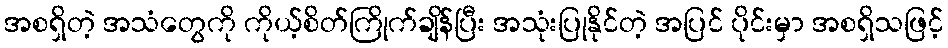
အစရှိတဲ့ အသံတွေကို ကိုယ့်စိတ်ကြိုက်ချိန်ပြီး အသုံးပြုနိုင်တဲ့ အပြင် ပိုင်းမှာ အစရှိသဖြင့်